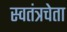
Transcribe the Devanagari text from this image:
स्वतंत्रचेता